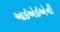
આઇએઇએની